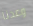
وعدنا